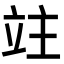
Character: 𥩣